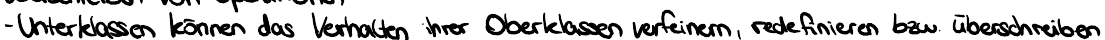
- Unterklassen können das Verhalten ihrer Oberklassen verfeinern, redefinieren bzw. überschreiben